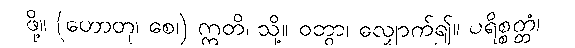
ဖို့။ (ဟောတု၊ စေ၊) ဣတိ၊ သို့။ ဝတွာ၊ လျှောက်၍။ ပရိစ္စတ္တံ၊